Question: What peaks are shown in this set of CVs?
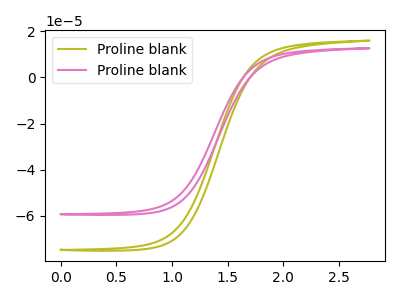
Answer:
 <answer>The olive curve "Proline blank1" has no peaks. The pink curve "Proline blank2" has no peaks.</answer>
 <eval></eval>